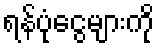
ရန်ပုံငွေများကို